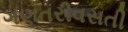
ગણતરીવસતી